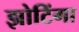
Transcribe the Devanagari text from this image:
झोटिंगा